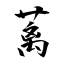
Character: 蓠